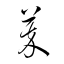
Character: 萃